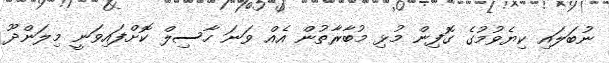
ނުބަލައި ކިޔެވުމުގެ ގޮފިން މުޅި މުބާރާތުން އެއް ވަނަ ހާސިލް ކޮށްފައިވަނީ މިލަންދޫ